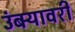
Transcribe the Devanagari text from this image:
उंबर्‍यावरी